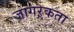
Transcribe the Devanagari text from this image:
जागऱ्रकता